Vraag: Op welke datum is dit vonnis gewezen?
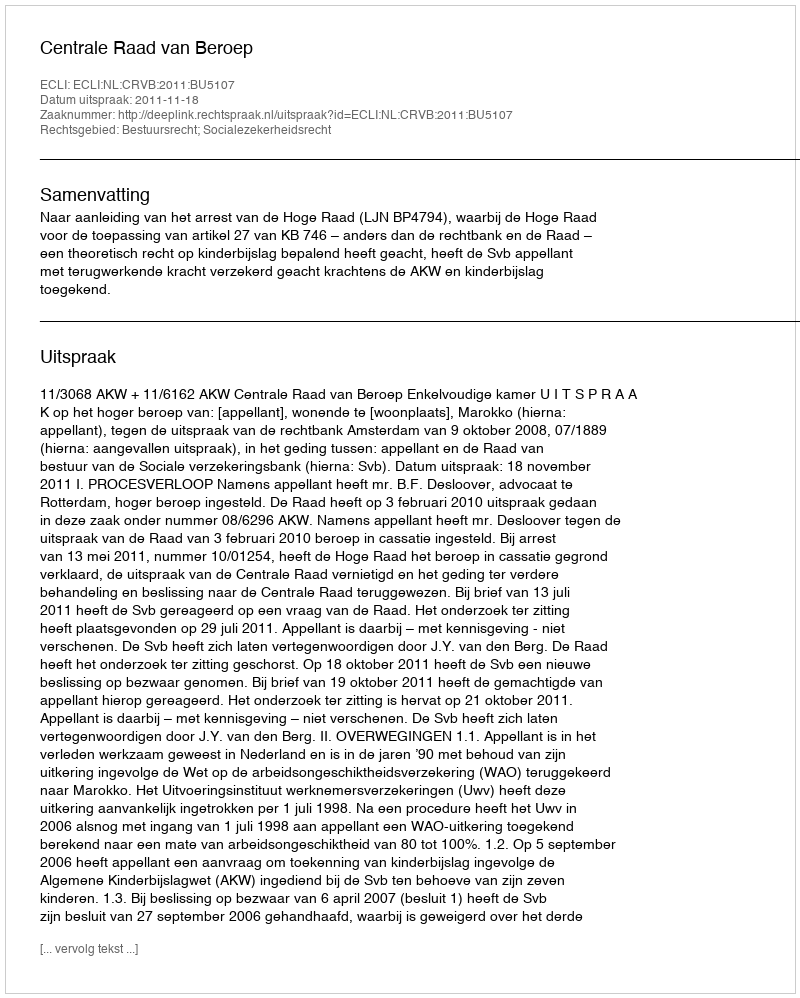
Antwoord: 2011-11-18